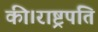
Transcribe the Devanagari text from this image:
की।राष्ट्रपति